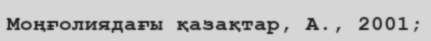
Моңғолиядағы қазақтар, А., 2001;